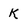
Character: k